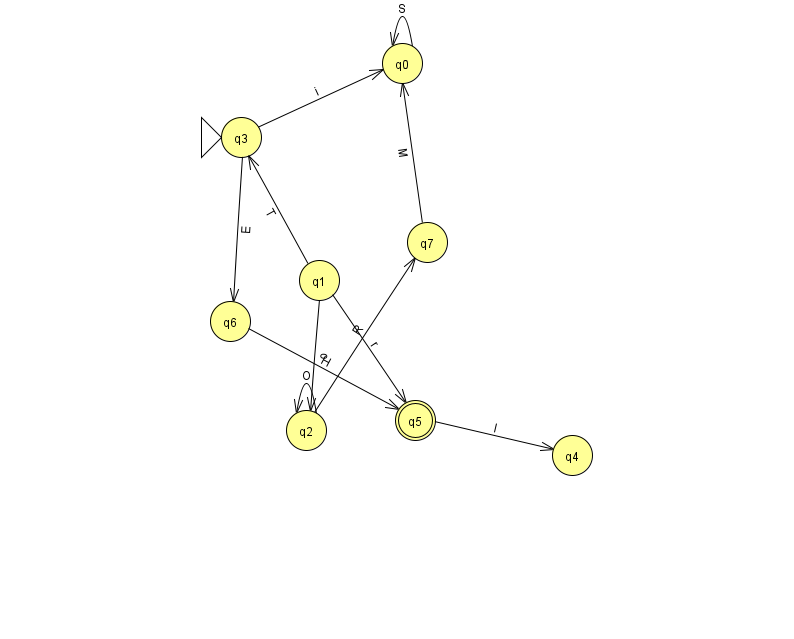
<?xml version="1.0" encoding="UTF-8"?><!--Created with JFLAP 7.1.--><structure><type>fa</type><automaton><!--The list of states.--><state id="0" name="q0"><x>402.0</x><y>50.0</y></state><state id="1" name="q1"><x>319.0</x><y>267.0</y></state><state id="2" name="q2"><x>306.0</x><y>417.0</y></state><state id="3" name="q3"><x>241.0</x><y>124.0</y><initial/></state><state id="4" name="q4"><x>572.0</x><y>442.0</y></state><state id="5" name="q5"><x>415.0</x><y>407.0</y><final/></state><state id="6" name="q6"><x>230.0</x><y>308.0</y></state><state id="7" name="q7"><x>427.0</x><y>229.0</y></state><!--The list of transitions.--><transition><from>5</from><to>4</to><read>I</read></transition><transition><from>1</from><to>2</to><read>o</read></transition><transition><from>0</from><to>0</to><read>S</read></transition><transition><from>1</from><to>3</to><read>T</read></transition><transition><from>6</from><to>5</to><read>H</read></transition><transition><from>3</from><to>0</to><read>i</read></transition><transition><from>3</from><to>6</to><read>E</read></transition><transition><from>2</from><to>7</to><read>R</read></transition><transition><from>1</from><to>5</to><read>r</read></transition><transition><from>7</from><to>0</to><read>M</read></transition><transition><from>2</from><to>2</to><read>O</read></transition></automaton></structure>